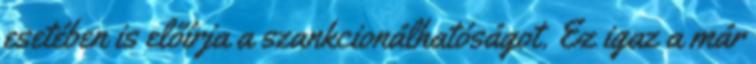
esetében is előírja a szankcionálhatóságot. Ez igaz a már